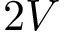
2 V